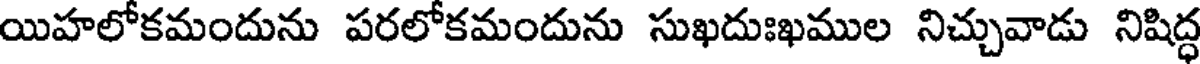
యిహలోకమందును పరలోకమందును సుఖదుఃఖముల నిచ్చువాడు నిషిద్ధ